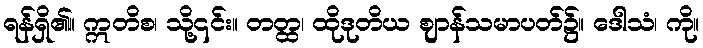
ရန်ရှိ၏။ ဣတိစ၊ သို့၎င်း။ တတ္ထ၊ ထိုဒုတိယ ဈာန်သမာပတ်၌။ ဒေါသံ၊ ကို။